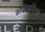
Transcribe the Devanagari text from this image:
काईटसर्फिंगशी